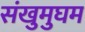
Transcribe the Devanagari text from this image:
संखुमुघम